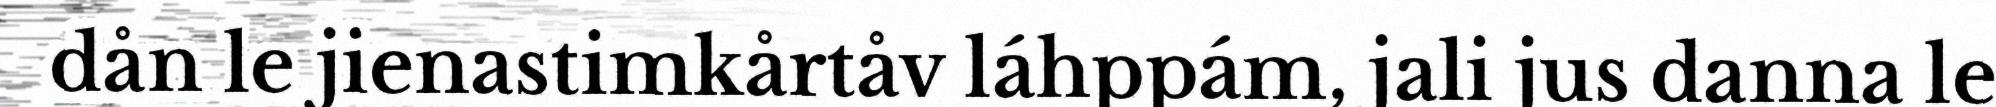
dån le jienastimkårtåv láhppám, jali jus danna le